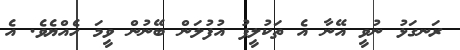
ރަނގަޅު ނުވީ އޭނާ އެ ތަކުލީފު އުފުލަން ބޭނުން ވީމަ ހެއްޔެވެ. އެ